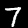
Digit: 7